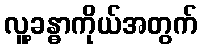
လူ့ခန္ဓာကိုယ်အတွက်